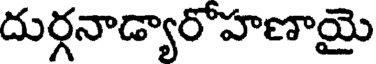
దుర్గనాడ్యారోహణాయై